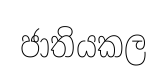
ජාතියකල